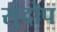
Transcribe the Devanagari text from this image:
सुंदोप